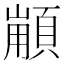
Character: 𩓼